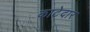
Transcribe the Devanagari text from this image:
काटेदार